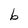
Character: b